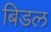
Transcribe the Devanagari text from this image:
बिडल